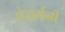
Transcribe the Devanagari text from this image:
वेजर्मनी